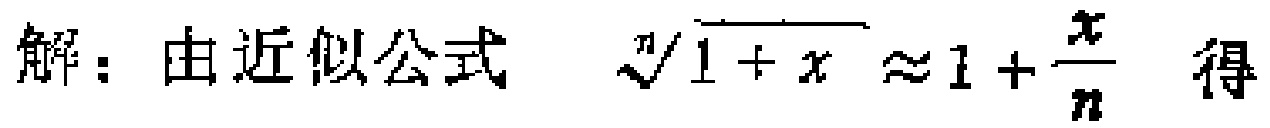
解：由近似公式 $\sqrt[n]{1 + x} \approx 1 + \frac{x}{n}$ 得